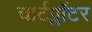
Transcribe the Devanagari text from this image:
चार्टप्लॉटर